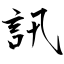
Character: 訊